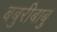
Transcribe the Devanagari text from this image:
बबुरीबाबु